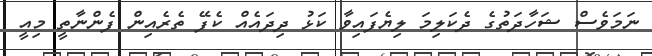
ނަމަވެސް ޝަހާދަތުގެ ދެކަލިމަ ލިޔެފައިވާ ކަޅު ދިދައެއް ކެފޭ ތެރެއިން ފެންނާތީ މިއީ